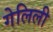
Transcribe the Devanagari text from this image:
गेलिली